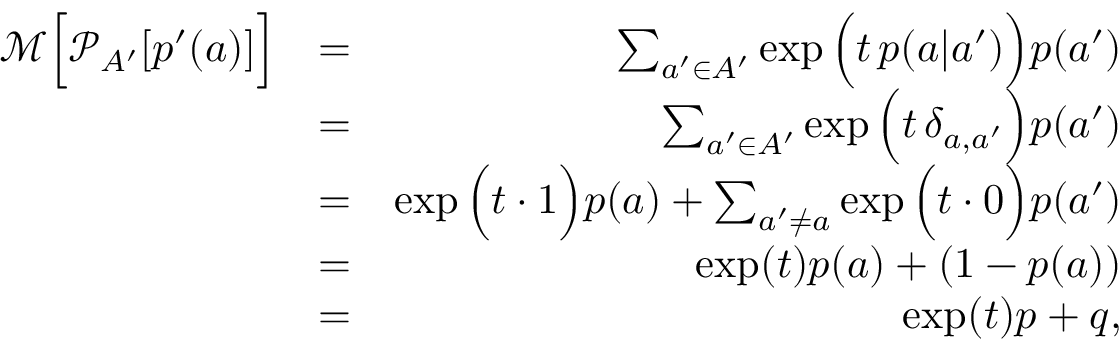
\begin{array} { r l r } { \mathcal { M } \Big [ \mathcal { P } _ { A ^ { \prime } } [ p ^ { \prime } ( a ) ] \Big ] } & { = } & { \sum _ { a ^ { \prime } \in A ^ { \prime } } \exp \Big ( t \, p ( a | a ^ { \prime } ) \Big ) p ( a ^ { \prime } ) } \\ & { = } & { \sum _ { a ^ { \prime } \in A ^ { \prime } } \exp \Big ( t \, \delta _ { a , a ^ { \prime } } \Big ) p ( a ^ { \prime } ) } \\ & { = } & { \exp \Big ( t \cdot 1 \Big ) p ( a ) + \sum _ { a ^ { \prime } \neq a } \exp \Big ( t \cdot 0 \Big ) p ( a ^ { \prime } ) } \\ & { = } & { \exp ( t ) p ( a ) + ( 1 - p ( a ) ) } \\ & { = } & { \exp ( t ) p + q , } \end{array}